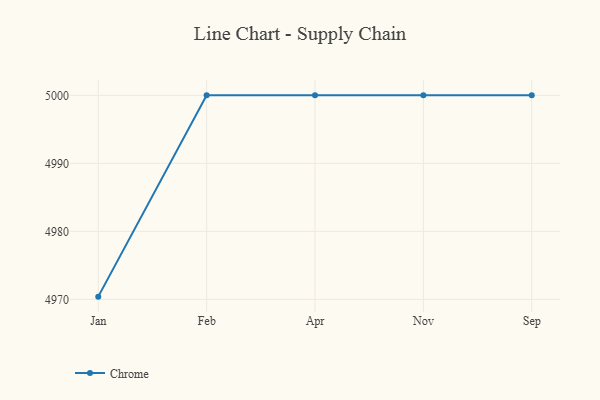
{"axis": {"x": "Month", "y": "Population (Million)"}, "legend": ["Chrome"], "data": [{"x": "Jan", "y": 4970.4, "type": "Chrome"}, {"x": "Feb", "y": 5000, "type": "Chrome"}, {"x": "Apr", "y": 5000, "type": "Chrome"}, {"x": "Nov", "y": 5000, "type": "Chrome"}, {"x": "Sep", "y": 5000, "type": "Chrome"}]}